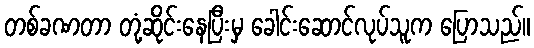
တစ်ခဏတာ တုံ့ဆိုင်းနေပြီးမှ ခေါင်းဆောင်လုပ်သူက ပြောသည်။